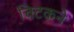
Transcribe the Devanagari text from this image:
चिटकने